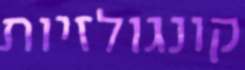
קונגולזיות